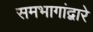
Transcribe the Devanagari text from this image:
समभागांद्वारे